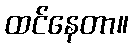
ထင်နေတာ။